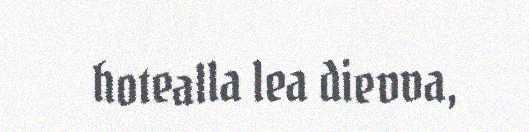
hotealla lea dievva,